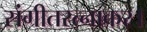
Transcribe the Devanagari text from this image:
संगीतरत्नाकर।